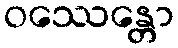
ဝဿေန္တော